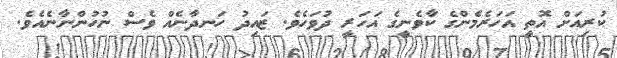
ކުރިއަށް އޮތީ އަހަރެމެންގެ ކާވެނީގެ އަހަރީ ދުވަހެވެ. ޒައިދު ހަނދާނެއް ވެސް ނުހުންނާނެއެވެ.